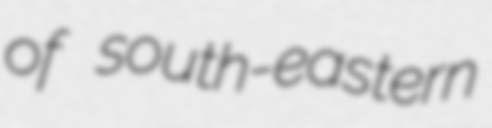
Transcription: of south-eastern